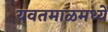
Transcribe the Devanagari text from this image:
यवतमाळमध्ये